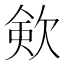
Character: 㰸